Indian Civil Veterinary Department memoirs
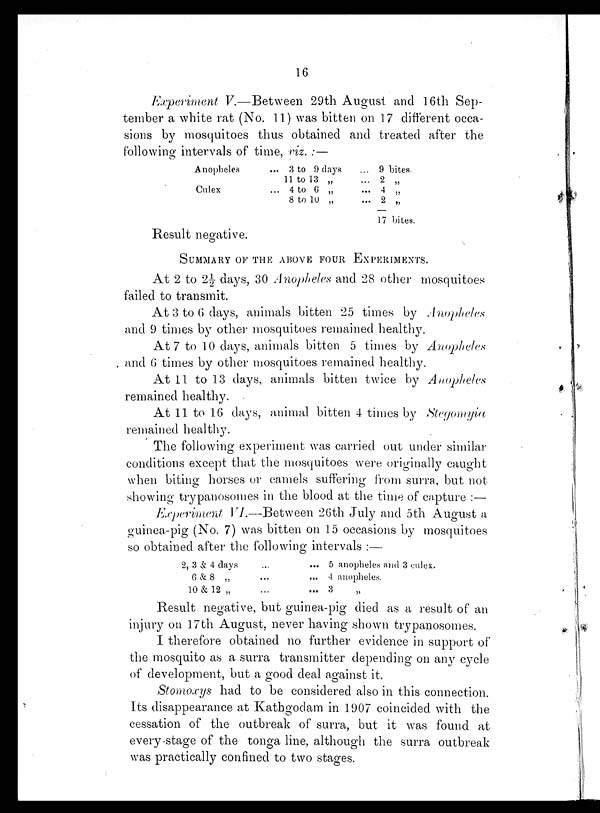
16
Experiment V.—Between 29th August and 16th Sep-
tember a white rat (No. 11) was bitten on 17 different occa-
sions by mosquitoes thus obtained and treated after the
following intervals of time, viz.:—
Anopheles
Culex
... 3 to 9 days
11 to 13 „
... 4 to 6 „
8 to 10 „
... 9 bites.
... 2 „
... 4 „
... 2 „
17 bites.
Result negative.
SUMMARY OF THE ABOVE FOUR EXPERIMENTS.
At 2 to 2½ days, 30 Anopheles and 28 other mosquitoes
failed to transmit.
At 3 to 6 days, animals bitten 25 times by Anopheles
and 9 times by other mosquitoes remained healthy.
At 7 to 10 days, animals bitten 5 times by Anopheles
and 6 times by other mosquitoes remained healthy.
At 11 to 13 days, animals bitten twice by Anopheles
remained healthy.
At 11 to 16 days, animal bitten 4 times by Stegomyia
remained healthy.
The following experiment was carried out under similar
conditions except that the mosquitoes were originally caught
when biting horses or camels suffering from surra, but not
showing trypanosomes in the blood at the time of capture :—
Experiment VI.—Between 26th July and 5th August a
guinea-pig (No. 7) was bitten on 15 occasions by mosquitoes
so obtained after the following intervals :—
2, 3 & 4 days
6 & 8 „
10 & 12 „
...
...
...
...
...
...
5 anopheles and 3 culex.
4 anopheles.
3 „
Result negative, but guinea-pig died as a result of an
injury on 17th August, never having shown trypanosomes.
I therefore obtained no further evidence in support of
the mosquito as a surra transmitter depending on any cycle
of development, but a good deal against it.
Stomoxys had to be considered also in this connection.
Its disappearance at Kathgodam in 1907 coincided with the
cessation of the outbreak of surra, but it was found at
every stage of the tonga line, although the surra outbreak
was practically confined to two stages.